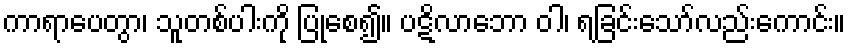
ကာရာပေတွာ၊ သူတစ်ပါးကို ပြုစေ၍။ ပဋိလာဘော ဝါ၊ ရခြင်းသော်လည်းကောင်း။